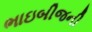
ભાઇબીજની